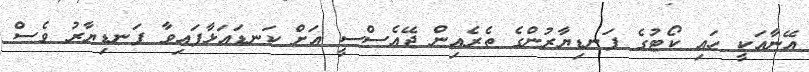
އޭނާއަކީ ހައި ކޯޓުގެ ފަނޑިޔާރުންގެ ތެރެއިން ޖޭއެސްސީ އަށް ކަނޑައަޅާފައިވާ ފަނޑިޔާރު ވެސް